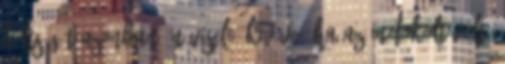
költségét azonban Ön viseli, kivéve, ha az indokolt volt,